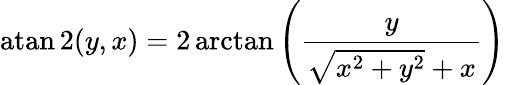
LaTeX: \operatorname{atan2}(y,x)=2\arctan\left({\frac{y}{{\sqrt{x^{2}+y^{2}}}+x}}\right)